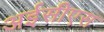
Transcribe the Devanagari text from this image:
अईसीएस